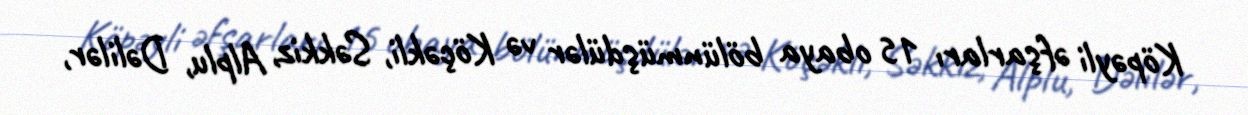
Köpəyli əfşarları 15 obaya bölünmüşdülər və Köçəkli, Səkkiz, Alplu, Dəlilər,